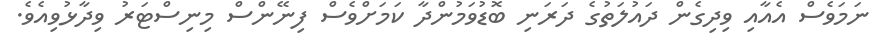
ނަމަވެސް އެއާއި ވިދިގެން ދައުލަތުގެ ދަރަނި ބޮޑުވަމުންދާ ކަމަށްވެސް ފިނޭންސް މިނިސްޓަރު ވިދާޅުވިއެވެ.